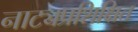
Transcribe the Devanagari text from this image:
नाट्यप्रशिक्षित